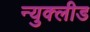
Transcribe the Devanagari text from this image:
न्युक्लीड